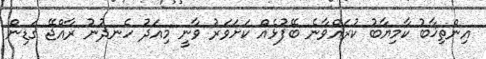
އިންތިޚާބު ކާމިޔާބު ކުރައްވާނެ ބޭފުޅެއް ކަށަވަރު ވާނީ މިއަދު ހެނދުނު ރާއްޖޭ ގަޑިން